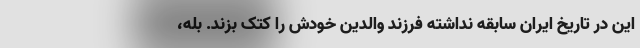
این در تاریخ ایران سابقه نداشته فرزند والدین خودش را کتک بزند. بله،